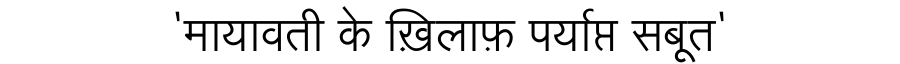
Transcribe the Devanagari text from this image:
'मायावती के ख़िलाफ़ पर्याप्त सबूत'